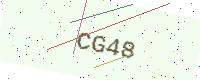
Text: CG48